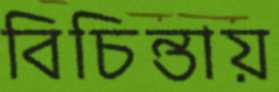
বিচিন্তায়